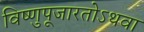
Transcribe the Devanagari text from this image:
विष्णुपूजारतोऽथवा